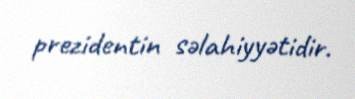
prezidentin səlahiyyətidir.